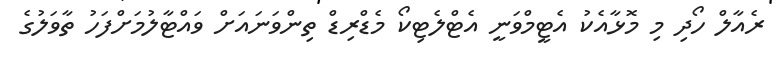
ރެއާލް ހޯދި މި މޮޅާއެކު އެޓީމްވަނީ އެޓްލެޓިކޯ މެޑްރިޑް ތިންވަނައަށް ވައްޓާލުމަށްފަހު ތާވަލުގެ